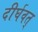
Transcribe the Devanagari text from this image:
दीर्घवत्